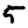
Digit: 5